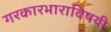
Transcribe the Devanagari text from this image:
गरकारभाराविषयी